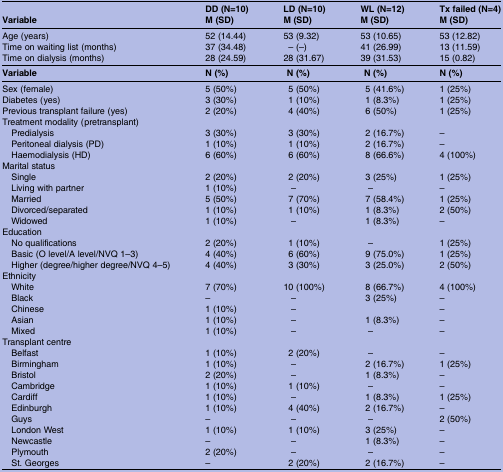
<table><thead><tr><td></td><td><b>DD (N=10)</b></td><td><b>LD (N=10)</b></td><td><b>WL (N=12)</b></td><td><b>Tx failed (N=4)</b></td></tr><tr><td><b>Variable</b></td><td><b>M (SD)</b></td><td><b>M (SD)</b></td><td><b>M (SD)</b></td><td><b>M (SD)</b></td></tr></thead><tbody><tr><td>Age (years)</td><td>52 (14.44)</td><td>53 (9.32)</td><td>53 (10.65)</td><td>53 (12.82)</td></tr><tr><td>Time on waiting list (months)</td><td>37 (34.48)</td><td>– (–)</td><td>41 (26.99)</td><td>13 (11.59)</td></tr><tr><td>Time on dialysis (months)</td><td>28 (24.59)</td><td>28 (31.67)</td><td>39 (31.53)</td><td>15 (0.82)</td></tr><tr><td><b>Variable</b></td><td><b>N (%)</b></td><td><b>N (%)</b></td><td><b>N (%)</b></td><td><b>N (%)</b></td></tr><tr><td>Sex (female)</td><td>5 (50%)</td><td>5 (50%)</td><td>5 (41.6%)</td><td>1 (25%)</td></tr><tr><td>Diabetes (yes)</td><td>3 (30%)</td><td>1 (10%)</td><td>1 (8.3%)</td><td>1 (25%)</td></tr><tr><td>Previous transplant failure (yes)</td><td>2 (20%)</td><td>4 (40%)</td><td>6 (50%)</td><td>1 (25%)</td></tr><tr><td colspan="5">Treatment modality (pretransplant)</td></tr><tr><td> Predialysis</td><td>3 (30%)</td><td>3 (30%)</td><td>2 (16.7%)</td><td>–</td></tr><tr><td> Peritoneal dialysis (PD)</td><td>1 (10%)</td><td>1 (10%)</td><td>2 (16.7%)</td><td>–</td></tr><tr><td> Haemodialysis (HD)</td><td>6 (60%)</td><td>6 (60%)</td><td>8 (66.6%)</td><td>4 (100%)</td></tr><tr><td colspan="5">Marital status</td></tr><tr><td> Single</td><td>2 (20%)</td><td>2 (20%)</td><td>3 (25%)</td><td>1 (25%)</td></tr><tr><td> Living with partner</td><td>1 (10%)</td><td>–</td><td>–</td><td>–</td></tr><tr><td> Married</td><td>5 (50%)</td><td>7 (70%)</td><td>7 (58.4%)</td><td>1 (25%)</td></tr><tr><td> Divorced/separated</td><td>1 (10%)</td><td>1 (10%)</td><td>1 (8.3%)</td><td>2 (50%)</td></tr><tr><td> Widowed</td><td>1 (10%)</td><td>–</td><td>1 (8.3%)</td><td>–</td></tr><tr><td colspan="5">Education</td></tr><tr><td> No qualifications</td><td>2 (20%)</td><td>1 (10%)</td><td>–</td><td>1 (25%)</td></tr><tr><td> Basic (O level/A level/NVQ 1–3)</td><td>4 (40%)</td><td>6 (60%)</td><td>9 (75.0%)</td><td>1 (25%)</td></tr><tr><td> Higher (degree/higher degree/NVQ 4–5)</td><td>4 (40%)</td><td>3 (30%)</td><td>3 (25.0%)</td><td>2 (50%)</td></tr><tr><td colspan="5">Ethnicity</td></tr><tr><td> White</td><td>7 (70%)</td><td>10 (100%)</td><td>8 (66.7%)</td><td>4 (100%)</td></tr><tr><td> Black</td><td>–</td><td>–</td><td>3 (25%)</td><td>–</td></tr><tr><td> Chinese</td><td>1 (10%)</td><td>–</td><td></td><td>–</td></tr><tr><td> Asian</td><td>1 (10%)</td><td>–</td><td>1 (8.3%)</td><td>–</td></tr><tr><td> Mixed</td><td>1 (10%)</td><td>–</td><td>–</td><td>–</td></tr><tr><td colspan="5">Transplant centre</td></tr><tr><td> Belfast</td><td>1 (10%)</td><td>2 (20%)</td><td>–</td><td>–</td></tr><tr><td> Birmingham</td><td>1 (10%)</td><td>–</td><td>2 (16.7%)</td><td>1 (25%)</td></tr><tr><td> Bristol</td><td>2 (20%)</td><td>–</td><td>1 (8.3%)</td><td>–</td></tr><tr><td> Cambridge</td><td>1 (10%)</td><td>1 (10%)</td><td>–</td><td>–</td></tr><tr><td> Cardiff</td><td>1 (10%)</td><td>–</td><td>1 (8.3%)</td><td>1 (25%)</td></tr><tr><td> Edinburgh</td><td>1 (10%)</td><td>4 (40%)</td><td>2 (16.7%)</td><td>–</td></tr><tr><td> Guys</td><td>–</td><td>–</td><td>–</td><td>2 (50%)</td></tr><tr><td> London West</td><td>1 (10%)</td><td>1 (10%)</td><td>3 (25%)</td><td>–</td></tr><tr><td> Newcastle</td><td>–</td><td>–</td><td>1 (8.3%)</td><td>–</td></tr><tr><td> Plymouth</td><td>2 (20%)</td><td>–</td><td>–</td><td>–</td></tr><tr><td> St. Georges</td><td>–</td><td>2 (20%)</td><td>2 (16.7%)</td><td>–</td></tr></tbody></table>